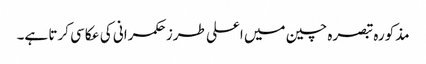
مذکورہ تبصرہ چین میں اعلی طرز حکمرانی کی عکاسی کرتا ہے۔